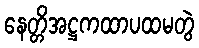
နေတ္တိအဋ္ဌကထာပထမတွဲ